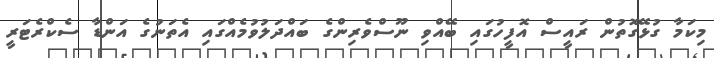
މިކަމާ ގުޅޭގޮތުން ރައީސް އޮފީހުގައި ބޭއްވި ނޫސްވެރިންގެ ބައްދަލުވުމެއްގައި އެތަނުގެ އަންޑާ ސެކްރެޓަރީ